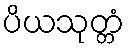
ပိယသုတ္တံ